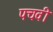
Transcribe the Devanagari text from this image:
पचवी